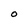
Character: O